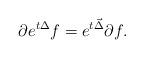
LaTeX: \begin{align*}\partial e^{t \Delta} f = e^{t \vec{\Delta}} \partial f.\end{align*}